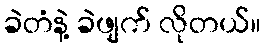
ခဲတံနဲ့ ခဲဖျက် လိုတယ်။